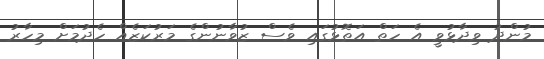
މުންދު ވިދާޅުވީ އެ ހަތް އަތޮޅުގައި ވެސް ޒުވާނުންގެ މަރުކަޒެއް ހެދުމަށް މިހާރު